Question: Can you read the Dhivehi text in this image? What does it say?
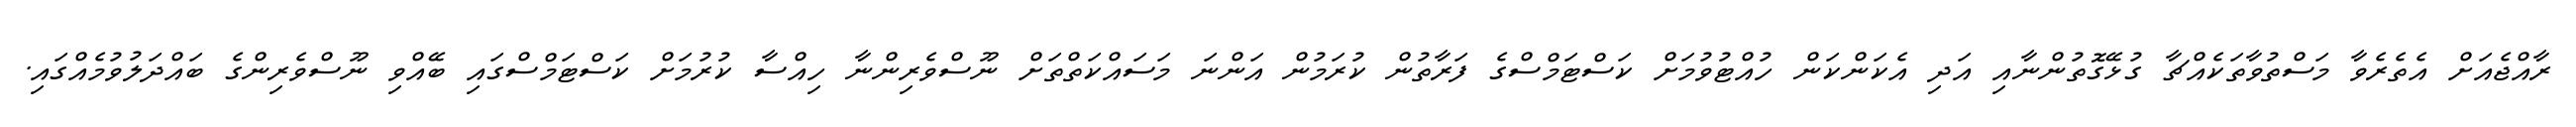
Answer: ރާއްޖެއަށް އެތެރެވާ މަސްތުވާތަކެއްޗާ ގުޅޭގޮތުންނާއި އަދި އެކަންކަން ހުއްޓުވުމަށް ކަސްޓަމްސްގެ ފަރާތުން ކުރަމުން އަންނަ މަސައްކަތްތަށް ނޫސްވެރިންނާ ހިއްސާ ކުރުމަށް ކަސްޓަމްސްގައި ބޭއްވި ނޫސްވެރިންގެ ބައްދަލުވުމެއްގައި.